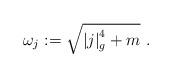
LaTeX: \begin{align*} \omega_j:=\sqrt{\left|j\right|^4_g+m}\ .\end{align*}